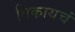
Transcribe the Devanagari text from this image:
विकायचं